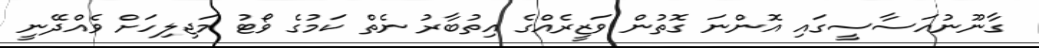
ގާނޫނުއަސާސީގައި އޮންނަ ގޮތުން ވަޒީރެއްގެ އިތުބާރު ނެތް ކަމުގެ ވޯޓު މަޖިލިހަށް ވެއްދޭނީ